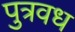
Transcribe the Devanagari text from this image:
पुत्रवध